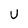
Character: U